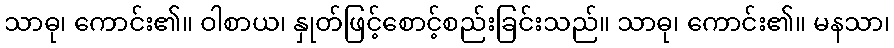
သာဓု၊ ကောင်း၏။ ဝါစာယ၊ နှုတ်ဖြင့်စောင့်စည်းခြင်းသည်။ သာဓု၊ ကောင်း၏။ မနသာ၊